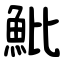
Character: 魮